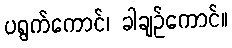
ပရွက်ကောင်၊ ခါချဉ်ကောင်။